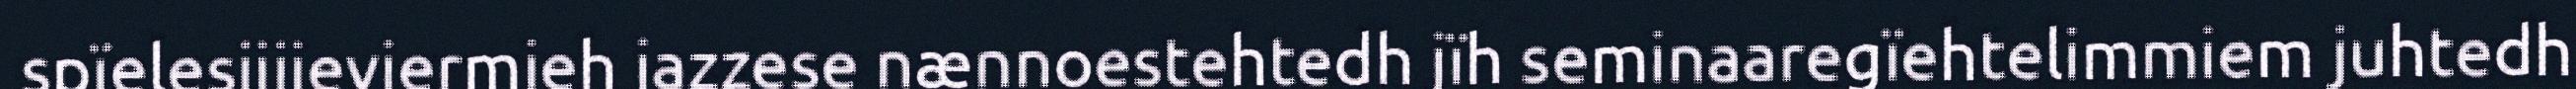
spïelesijjieviermieh jazzese nænnoestehtedh jïh seminaaregïehtelimmiem juhtedh